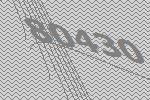
80430